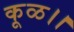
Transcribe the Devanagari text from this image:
कूळ।।